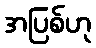
အပြစ်ဟု